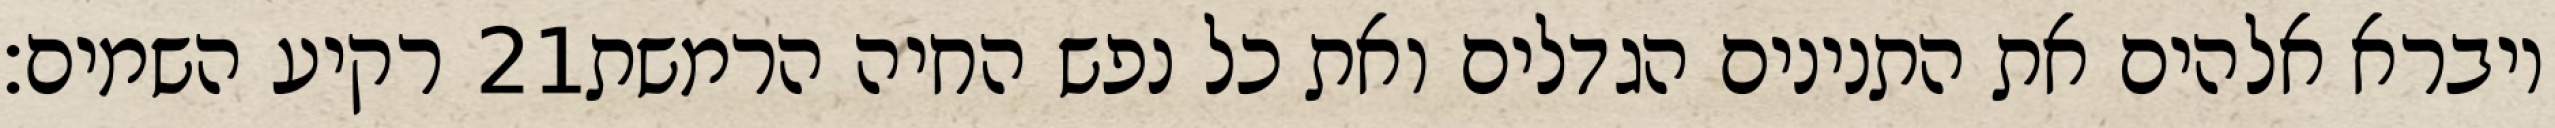
רקיע השמים׃ ‎21‏ ויברא אלהים את התנינים הגדלים ואת כל נפש החיה הרמשת